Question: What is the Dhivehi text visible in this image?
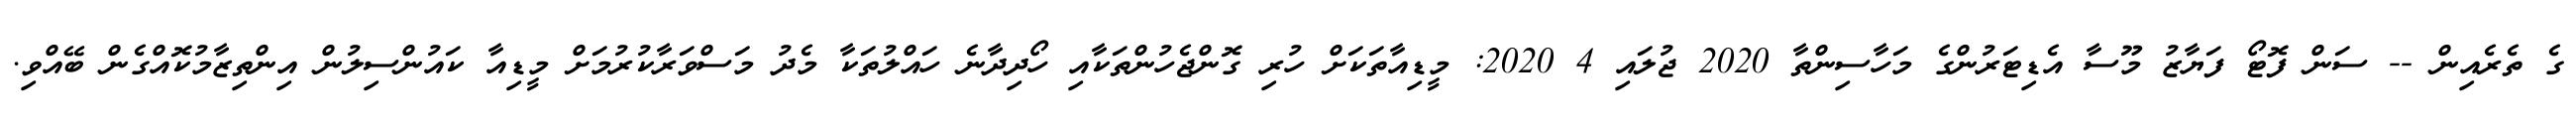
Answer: ގެ ތެރެއިން -- ސަން ފޮޓޯ ފަޔާޒު މޫސާ އެޑިޓަރުންގެ މަހާސިންތާ 2020 ޖުލައި 4 2020: މީޑިއާތަކަށް ހުރި ގޮންޖެހުންތަކާއި ހޯދިދާނެ ހައްލުތަކާ މެދު މަސްވަރާކުރުމަށް މީޑިއާ ކައުންސިލުން އިންތިޒާމުކޮއްގެން ބޭއްވި.